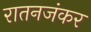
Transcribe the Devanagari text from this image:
रातनजंकर